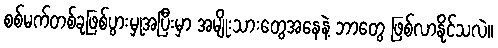
စစ်မက်တစ်ခုဖြစ်ပွားမှုအပြီးမှာ အမျိုးသားတွေအနေနဲ့ ဘာတွေ ဖြစ်လာနိုင်သလဲ။